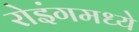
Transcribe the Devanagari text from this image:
रोइंगमध्ये